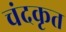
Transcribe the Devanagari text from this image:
चंदकृत